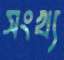
সংখ্য